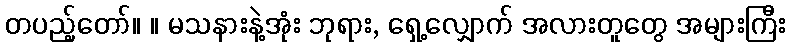
တပည့်တော်။ ။ မသနားနဲ့အုံး ဘုရား, ရှေ့လျှောက် အလားတူတွေ အများကြီး